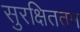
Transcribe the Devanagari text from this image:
सुरक्षिततम